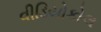
વીડિયોકોલ